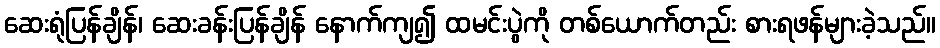
ဆေးရုံပြန်ချိန်၊ ဆေးခန်းပြန်ချိန် နောက်ကျ၍ ထမင်းပွဲကို တစ်ယောက်တည်း စားရဖန်များခဲ့သည်။